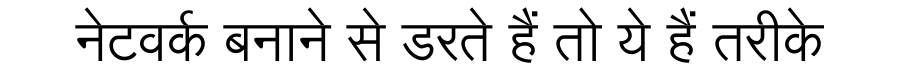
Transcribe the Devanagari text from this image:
नेटवर्क बनाने से डरते हैं तो ये हैं तरीके